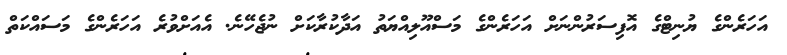
އަހަރެންގެ ޔުނިޓްގެ އޮފިސަރުންނަށް އަހަރެންގެ މަސްއޫލިއްޔަތު އަދާކުރާކަށް ނުޖެހޭނެ. އެއަށްވުރެ އަހަރެންގެ މަސައްކަތް